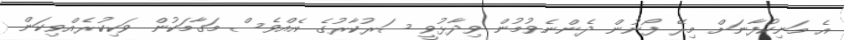
އެ މަނިކުފާނަށް މިރޭ ފޯނުން ދެންނެވުމުން ވިދާޅުވީ ސަރުކާރުގެ އެއްވެސް މަގާމަކުން ވަކިކުރެއްވިކަން